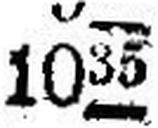
1035